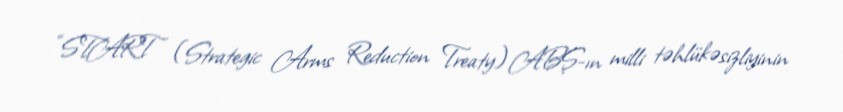
“START (Strategic Arms Reduction Treaty) ABŞ-ın milli təhlükəsizliyinin